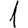
Digit: 1